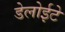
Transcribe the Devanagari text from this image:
डेलोईटे